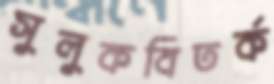
সুলুকবিতর্ক